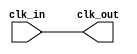
module clock_buffer (
  input wire clk_in,
  output wire clk_out
);

assign clk_out = clk_in;

endmodule

module testbench;
  reg clk_in;
  wire clk_out;

  clock_buffer uut (
    .clk_in(clk_in),
    .clk_out(clk_out)
  );

  initial begin
    clk_in = 0;
    #5 clk_in = 1;
    #5 clk_in = 0;
    #5 clk_in = 1;
    #5 clk_in = 0;
    $finish;
  end

  always begin
    #2 clk_in = ~clk_in;
  end
endmodule